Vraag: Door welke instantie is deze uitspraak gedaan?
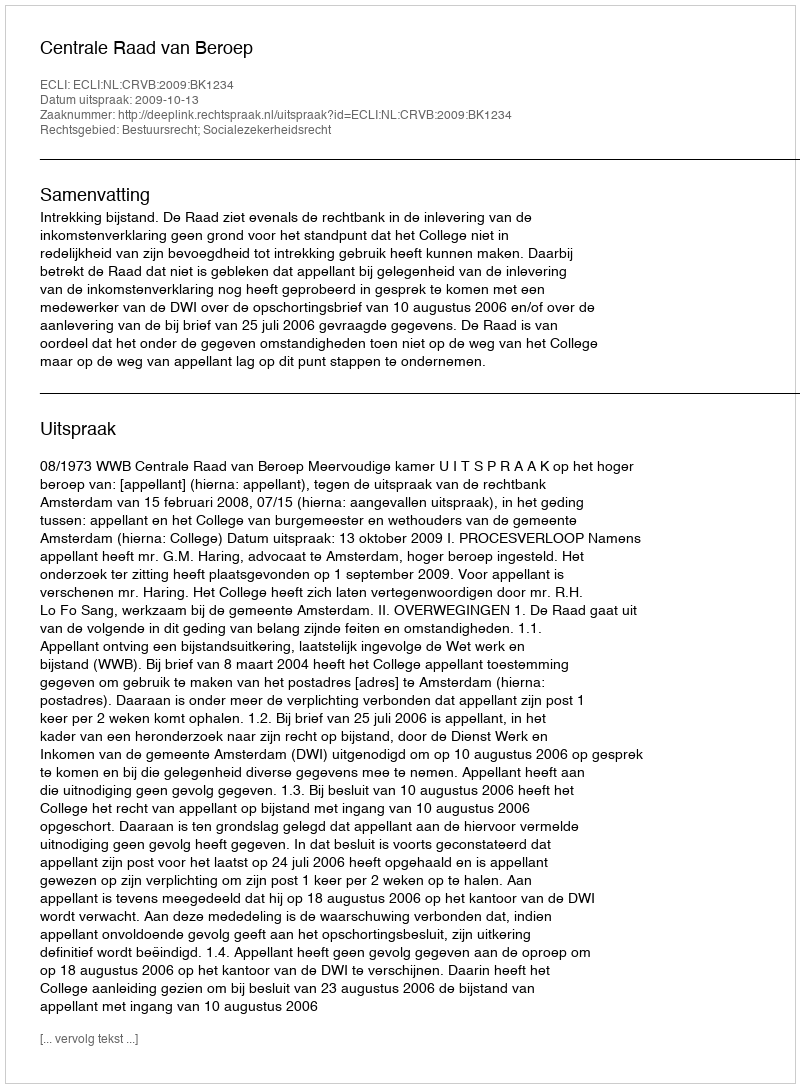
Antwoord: Centrale Raad van Beroep